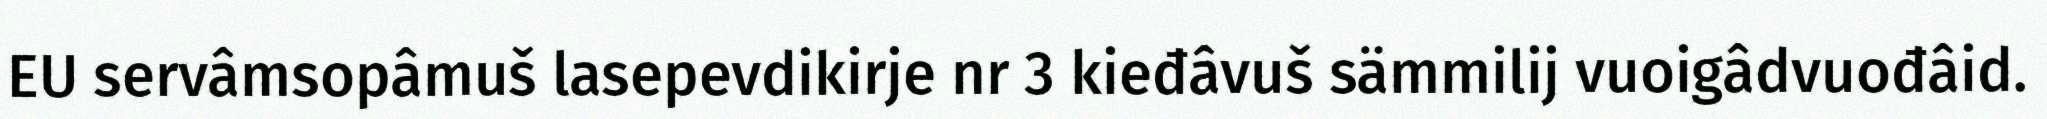
EU servâmsopâmuš lasepevdikirje nr 3 kieđâvuš sämmilij vuoigâdvuođâid.